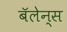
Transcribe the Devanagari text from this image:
बॅलेन्स